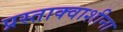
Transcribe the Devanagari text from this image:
प्रस्ताक्वाशीना